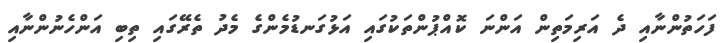
ފަހަތުންނާއި ދެ އަރިމަތިން އަންނަ ކޮއްޕުންތަކުގައި އަޅުގަނޑުމެންގެ މެދު ތެރޭގައި ތިބި އަންހެނުންނާއި